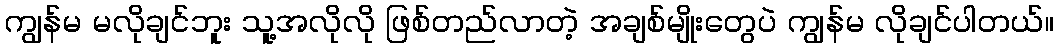
ကျွန်မ မလိုချင်ဘူး သူ့အလိုလို ဖြစ်တည်လာတဲ့ အချစ်မျိုးတွေပဲ ကျွန်မ လိုချင်ပါတယ်။